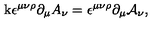
\mathrm { k } \epsilon ^ { \mu \nu \rho } \partial _ { \mu } A _ { \nu } = \epsilon ^ { \mu \nu \rho } \partial _ { \mu } \mathcal { A } _ { \nu } ,